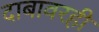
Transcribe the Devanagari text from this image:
दाबावरही